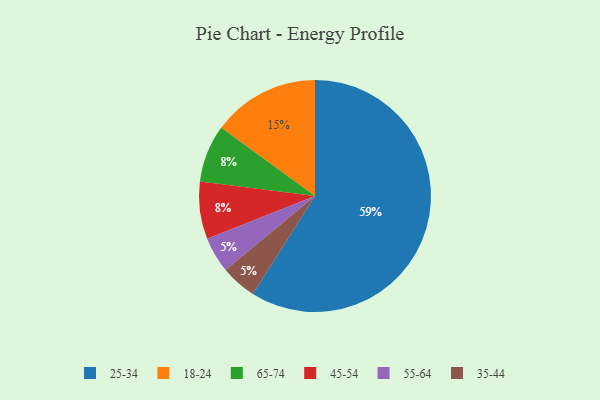
{"axis": {"x": "Category", "y": "Percentage"}, "legend": ["18-24", "25-34", "35-44", "45-54", "55-64", "65-74"], "data": [{"x": "55-64", "y": 5, "type": "55-64"}, {"x": "18-24", "y": 15, "type": "18-24"}, {"x": "35-44", "y": 5, "type": "35-44"}, {"x": "65-74", "y": 8, "type": "65-74"}, {"x": "25-34", "y": 59, "type": "25-34"}, {"x": "45-54", "y": 8, "type": "45-54"}]}